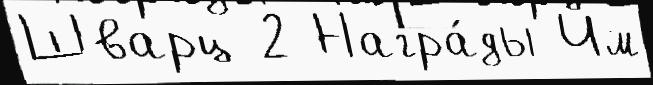
Шварц 2 Награ́ды Чм